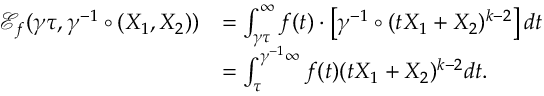
\begin{array} { r l } { \mathcal { E } _ { f } ( \gamma \tau , \gamma ^ { - 1 } \circ ( X _ { 1 } , X _ { 2 } ) ) } & { = \int _ { \gamma \tau } ^ { \infty } f ( t ) \cdot \left[ \gamma ^ { - 1 } \circ ( t X _ { 1 } + X _ { 2 } ) ^ { k - 2 } \right] d t } \\ & { = \int _ { \tau } ^ { \gamma ^ { - 1 } \infty } f ( t ) ( t X _ { 1 } + X _ { 2 } ) ^ { k - 2 } d t . } \end{array}